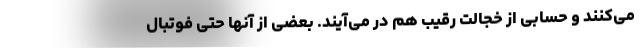
می‌کنند و حسابی از خجالت رقیب هم در می‌آیند. بعضی از آنها حتی فوتبال